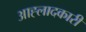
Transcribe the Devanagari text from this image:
आह्लादकारी